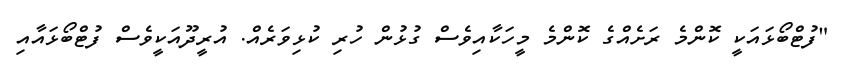
"ފުޓްބޯޅައަކީ ކޮންމެ ރަށެއްގެ ކޮންމެ މީހަކާއިވެސް ގުޅުން ހުރި ކުޅިވަރެއް. އުރީދޫއަކީވެސް ފުޓްބޯޅައާއި